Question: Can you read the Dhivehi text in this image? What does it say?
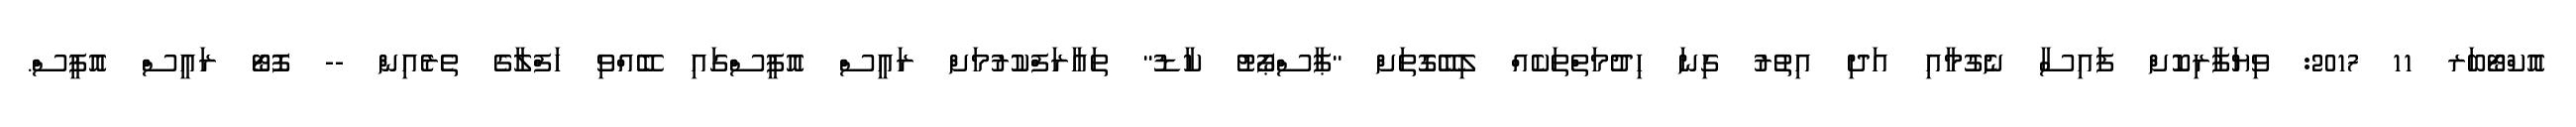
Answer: އޮކްޓޯބަރ 11 2017: ވިޔަފާރިކޮށް ފައިސާ ނެގުމާއި އަދި އިތުރު ގިނަ ހިދުމަތްތަކެއް ލިބޭގޮތަށް "ޕާސްޕޯޓު ކާޑު" ތައާރަފްކުރުމަށް ރައީސް އޮފީސްގައި ބޭއްވި ހަފްލާގެ ތެރެއިން -- ފޮޓޯ ރައީސް އޮފީސް.